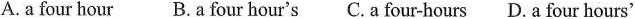
A.a four hourB.a four hour'sC.a four-hours D. a four hours'